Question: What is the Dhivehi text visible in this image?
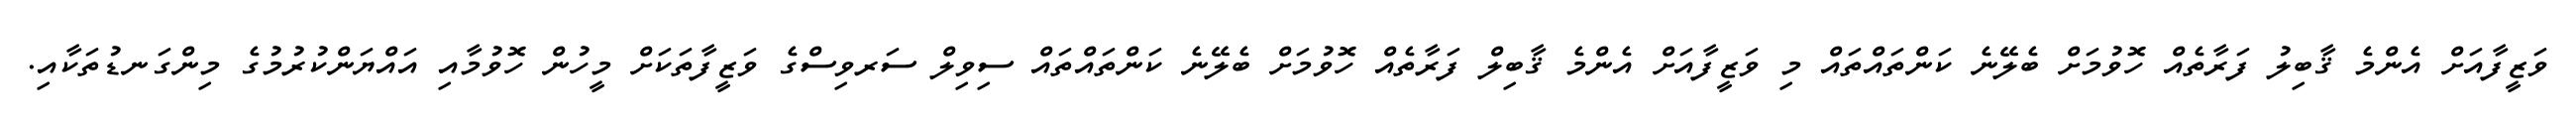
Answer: ވަޒީފާއަށް އެންމެ ޤާބިލު ފަރާތެއް ހޮވުމަށް ބެލޭނެ ކަންތައްތައް މި ވަޒީފާއަށް އެންމެ ޤާބިލް ފަރާތެއް ހޮވުމަށް ބެލޭނެ ކަންތައްތައް ސިވިލް ސަރވިސްގެ ވަޒީފާތަކަށް މީހުން ހޮވުމާއި އައްޔަންކުރުމުގެ މިންގަނޑުތަކާއި.